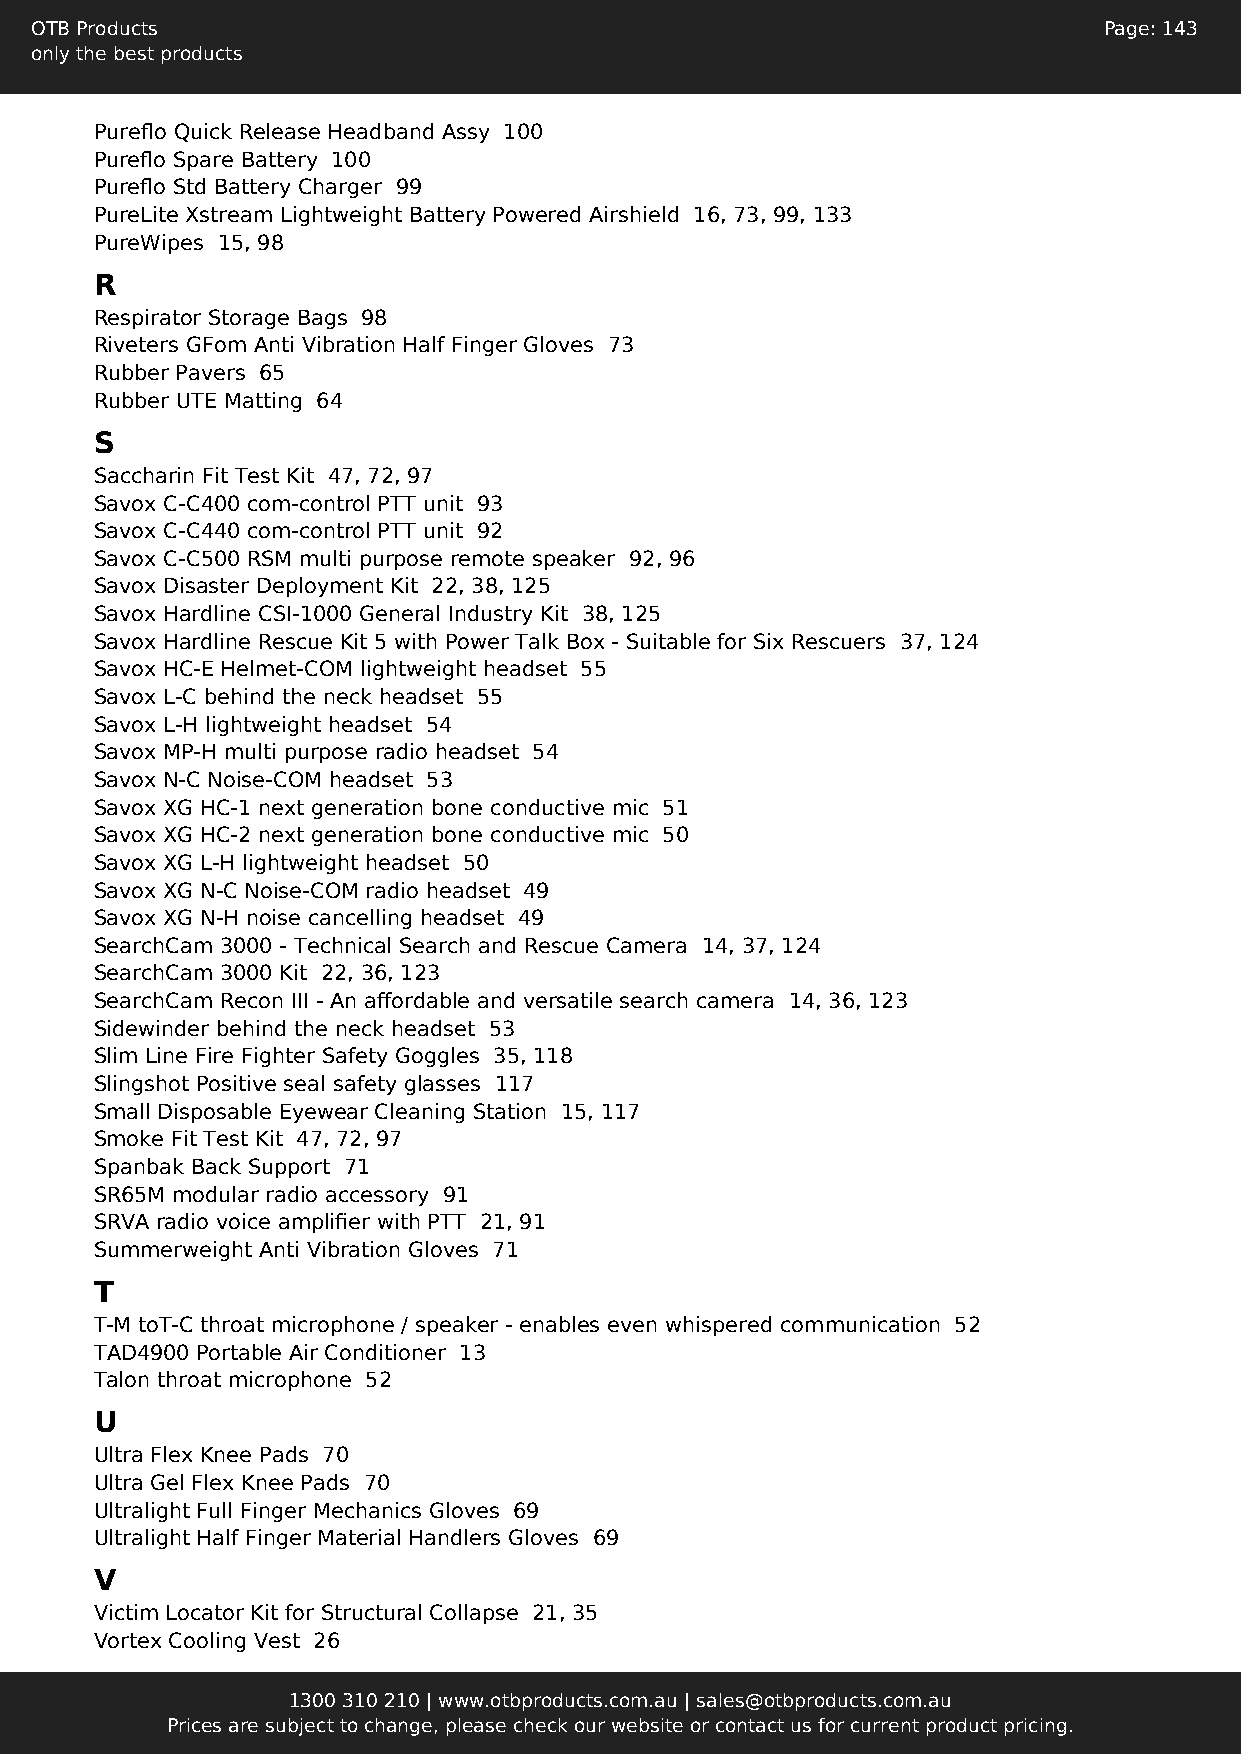
OTB Products                                                           Page: 143
 only the best products
 Pureflo Quick Release Headband Assy 100
 Pureflo Spare Battery 100
 Pureflo Std Battery Charger 99
 PureLite Xstream Lightweight Battery Powered Airshield 16, 73, 99, 133
 PureWipes 15, 98
 R
 Respirator Storage Bags 98
 Riveters GFom Anti Vibration Half Finger Gloves 73
 Rubber Pavers 65
 Rubber UTE Matting 64
 S
 Saccharin Fit Test Kit 47, 72, 97
 Savox C-C400 com-control PTT unit 93
 Savox C-C440 com-control PTT unit 92
 Savox C-C500 RSM multi purpose remote speaker 92, 96
 Savox Disaster Deployment Kit 22, 38, 125
 Savox Hardline CSI-1000 General Industry Kit 38, 125
 Savox Hardline Rescue Kit 5 with Power Talk Box - Suitable for Six Rescuers 37, 124
 Savox HC-E Helmet-COM lightweight headset 55
 Savox L-C behind the neck headset 55
 Savox L-H lightweight headset 54
 Savox MP-H multi purpose radio headset 54
 Savox N-C Noise-COM headset 53
 Savox XG HC-1 next generation bone conductive mic 51
 Savox XG HC-2 next generation bone conductive mic 50
 Savox XG L-H lightweight headset 50
 Savox XG N-C Noise-COM radio headset 49
 Savox XG N-H noise cancelling headset 49
 SearchCam 3000 - Technical Search and Rescue Camera 14, 37, 124
 SearchCam 3000 Kit 22, 36, 123
 SearchCam Recon III - An affordable and versatile search camera 14, 36, 123
 Sidewinder behind the neck headset 53
 Slim Line Fire Fighter Safety Goggles 35, 118
 Slingshot Positive seal safety glasses 117
 Small Disposable Eyewear Cleaning Station 15, 117
 Smoke Fit Test Kit 47, 72, 97
 Spanbak Back Support 71
 SR65M modular radio accessory 91
 SRVA radio voice amplifier with PTT 21, 91
 Summerweight Anti Vibration Gloves 71
 T
 T-M toT-C throat microphone / speaker - enables even whispered communication 52
 TAD4900 Portable Air Conditioner 13
 Talon throat microphone 52
 U
 Ultra Flex Knee Pads 70
 Ultra Gel Flex Knee Pads 70
 Ultralight Full Finger Mechanics Gloves 69
 Ultralight Half Finger Material Handlers Gloves 69
 V
 Victim Locator Kit for Structural Collapse 21, 35
 Vortex Cooling Vest 26
 1300 310 210 | www.otbproducts.com.au | sales@otbproducts.com.au
 Prices are subject to change, please check our website or contact us for current product pricing.